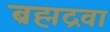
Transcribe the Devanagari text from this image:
ब्रह्मद्रवा